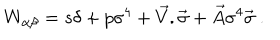
W _ { \alpha \beta } = s \delta + p \sigma ^ { 4 } + { \vec { V } } . { \vec { \sigma } } + { \vec { A } } \sigma ^ { 4 } { \vec { \sigma } } \ .